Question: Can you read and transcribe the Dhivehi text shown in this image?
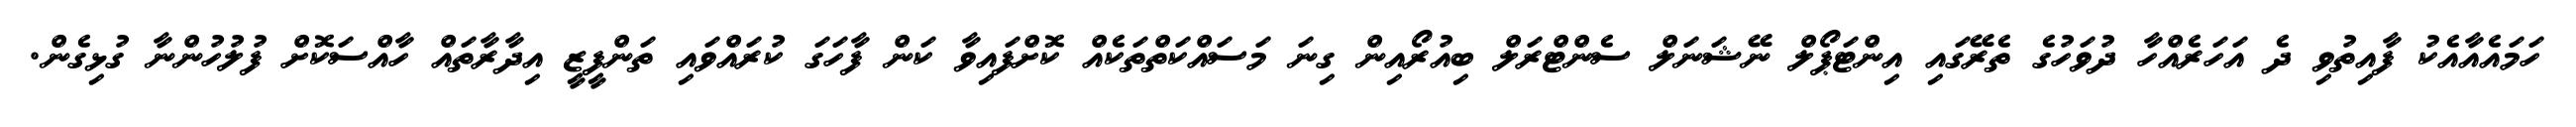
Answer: ހަމައެއާއެކު ފާއިތުވި ދެ އަހަރެއްހާ ދުވަހުގެ ތެރޭގައި އިންޓަޕޯލް ނޭޝަނަލް ސެންޓްރަލް ބިއުރޯއިން ގިނަ މަސައްކަތްތަކެއް ކޮށްފައިވާ ކަން ފާހަގަ ކުރައްވައި ތަންފީޒީ އިދާރާތައް ހާއްސަކޮށް ފުލުހުންނާ ގުޅިގެން.